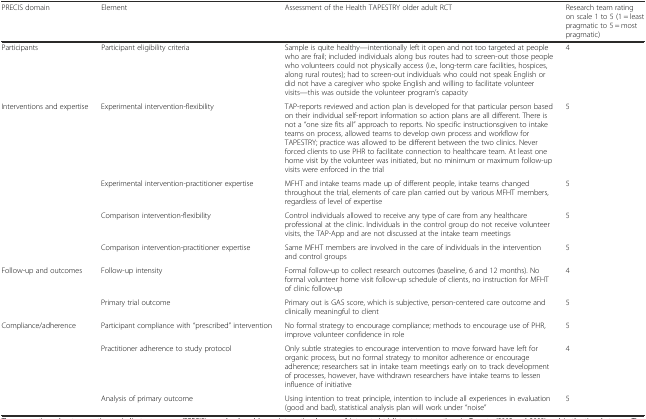
| PRECIS domain | Element | Assessment of the Health TAPESTRY older adult RCT | Research team rating on scale 1 to 5 (1 = least pragmatic to 5 = most pragmatic) |
 | --- | --- | --- | --- |
 | Participants | Participant eligibility criteria | Sample is quite healthy—intentionally left it open and not too targeted at people who are frail; included individuals along bus routes had to screen-out those people who volunteers could not physically access (i.e., long-term care facilities, hospices, along rural routes); had to screen-out individuals who could not speak English or did not have a caregiver who spoke English and willing to facilitate volunteer visits—this was outside the volunteer program’s capacity | 4 |
 | <ROWSPAN=4> Interventions and expertise | Experimental intervention-flexibility | TAP-reports reviewed and action plan is developed for that particular person based on their individual self-report information so action plans are all different. There is not a “one size fits all” approach to reports. No specific instructionsgiven to intake teams on process, allowed teams to develop own process and workflow for TAPESTRY; practice was allowed to be different between the two clinics. Never forced clients to use PHR to facilitate connection to healthcare team. At least one home visit by the volunteer was initiated, but no minimum or maximum follow-up visits were enforced in the trial | 5 |
 | Experimental intervention-practitioner expertise | MFHT and intake teams made up of different people, intake teams changed throughout the trial, elements of care plan carried out by various MFHT members, regardless of level of expertise | 5 |
 | Comparison intervention-flexibility | Control individuals allowed to receive any type of care from any healthcare professional at the clinic. Individuals in the control group do not receive volunteer visits, the TAP-App and are not discussed at the intake team meetings | 5 |
 | Comparison intervention-practitioner expertise | Same MFHT members are involved in the care of individuals in the intervention and control groups | 5 |
 | <ROWSPAN=2> Follow-up and outcomes | Follow-up intensity | Formal follow-up to collect research outcomes (baseline, 6 and 12 months). No formal volunteer home visit follow-up schedule of clients, no instruction for MFHT of clinic follow-up | 4 |
 | Primary trial outcome | Primary out is GAS score, which is subjective, person-centered care outcome and clinically meaningful to client | 5 |
 | <ROWSPAN=3> Compliance/adherence | Participant compliance with “prescribed” intervention | No formal strategy to encourage compliance; methods to encourage use of PHR, improve volunteer confidence in role | 5 |
 | Practitioner adherence to study protocol | Only subtle strategies to encourage intervention to move forward have left for organic process, but no formal strategy to monitor adherence or encourage adherence; researchers sat in intake team meetings early on to track development of processes, however, have withdrawn researchers have intake teams to lessen influence of initiative | 4 |
 | Analysis of primary outcome | Using intention to treat principle, intention to include all experiences in evaluation (good and bad), statistical analysis plan will work under “noise” | 5 |